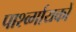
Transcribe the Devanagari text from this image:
पार्श्व्गायकों